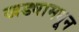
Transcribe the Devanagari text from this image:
खड्यामधून